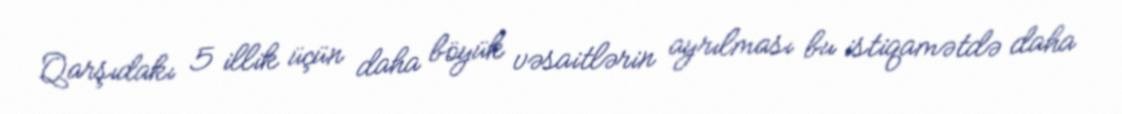
Qarşıdakı 5 illik üçün daha böyük vəsaitlərin ayrılması bu istiqamətdə daha